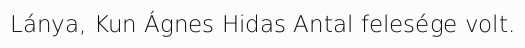
Lánya, Kun Ágnes Hidas Antal felesége volt.